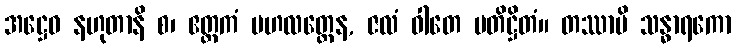
အဋ္ဌေဝ နဟုတာနိ စ၊ ဧတ္တကံ ဗဟလတ္တေန, ဇလံ ဝါတေ ပတိဋ္ဌိတံ။ တဿာပိ သန္ဓာရကော